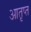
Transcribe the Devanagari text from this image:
आतृप्त